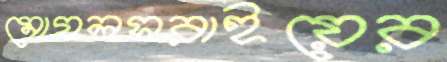
মোগলসরাইয়ের